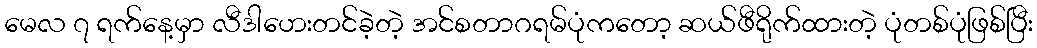
မေလ ၇ ရက်နေ့မှာ လီဒါဟေးတင်ခဲ့တဲ့ အင်စတာဂရမ်ပုံကတော့ ဆယ်ဖီရိုက်ထားတဲ့ ပုံတစ်ပုံဖြစ်ပြီး